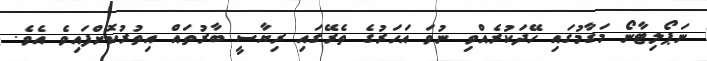
ނަޕޯލިޓާނޯ މަގާމުގައި ހޭދަކުރެއްވި ނުވަ އަހަރުގެ ތެރޭގައި ރިޔާސީ ބާރުތައް އިތުރުކޮށްފައިވެ އެވެ.